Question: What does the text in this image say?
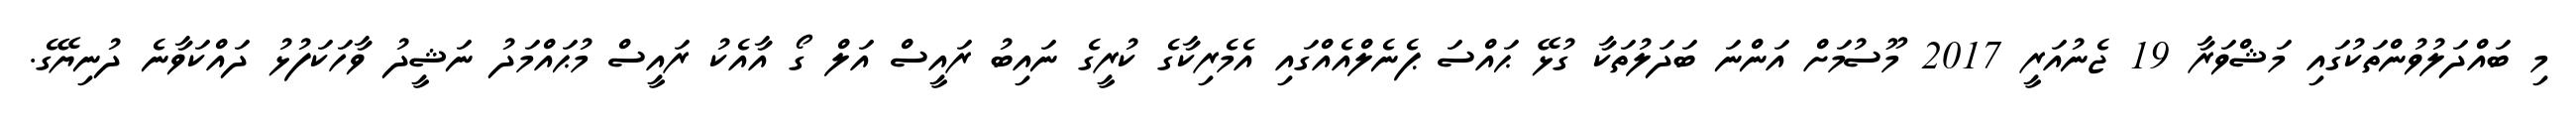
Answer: މި ބައްދަލުވުންތަކުގައި މަޝްވަރާ 19 ޖެނުއަރީ 2017 މޫސުމަށް އަންނަ ބަދަލުތަކާ ގުޅޭ ޙައްސަ ޕެނެލްއެއްގައި އެމެރިކާގެ ކުރީގެ ނައިބު ރައީސް އަލް ގޯ އާއެކު ރައީސް މުޙައްމަދު ނަޝީދު ވާހަކަފުޅު ދައްކަވާނެ ދުނިޔޭގެ.